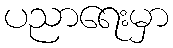
ပညာရေးမှာ